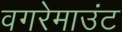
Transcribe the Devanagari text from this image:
वगरेमाउंट